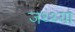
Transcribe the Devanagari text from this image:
जथ्थ्या